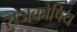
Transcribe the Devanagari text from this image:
राजकोषिय